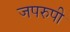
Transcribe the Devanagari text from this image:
जपरुपी